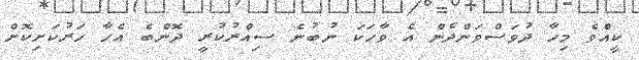
ކީއްވެ މިހާ ދުވަސްވަންދެން އެ ވާހަކަ ނުބުނެ ސިއްރުކުރީ ދޮންބެ އެހާ ހަރުކަށިކޮށް